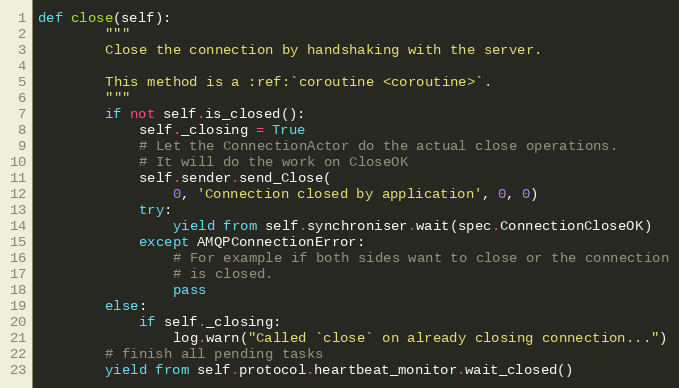
Language: Python
def close(self):
        """
        Close the connection by handshaking with the server.

        This method is a :ref:`coroutine <coroutine>`.
        """
        if not self.is_closed():
            self._closing = True
            # Let the ConnectionActor do the actual close operations.
            # It will do the work on CloseOK
            self.sender.send_Close(
                0, 'Connection closed by application', 0, 0)
            try:
                yield from self.synchroniser.wait(spec.ConnectionCloseOK)
            except AMQPConnectionError:
                # For example if both sides want to close or the connection
                # is closed.
                pass
        else:
            if self._closing:
                log.warn("Called `close` on already closing connection...")
        # finish all pending tasks
        yield from self.protocol.heartbeat_monitor.wait_closed()